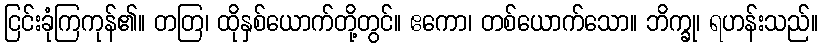
ငြင်းခုံကြကုန်၏။ တတြ၊ ထိုနှစ်ယောက်တို့တွင်။ ဧကော၊ တစ်ယောက်သော။ ဘိက္ခု၊ ရဟန်းသည်။